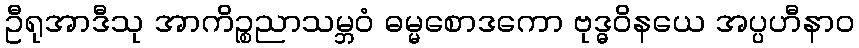
ဦရုအာဒီသု အာကိဉ္စညာသမ္ဘဝံ ဓမ္မစောဒကော ဗုဒ္ဓဝိနယေ အပ္ပဟီနာဝ